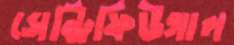
সেন্ট্রিফিউগাল